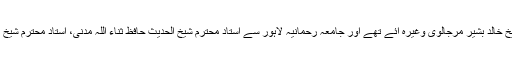
جامعہ محمدیہ گوجرانوالا سے استاد محترم شیخ الحدیث عبدالحمید ہزاروی، شیخ خالد بشیر مرجالوی وغیرہ آئے تھے اور جامعہ رحمانیہ لاہور سے استاد محترم شیخ الحدیث حافظ ثناء اللہ مدنی، استاد محترم شیخ رمضان سلفی، شیخ حسن مدنی، شیخ شفیع طاہر حفظھم اللہ تشریف لائے تھے ۔